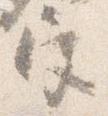
宮